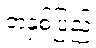
တနှစ်ပြည့်